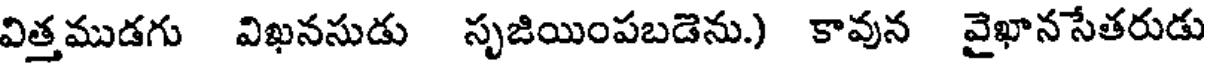
విత్తముడగు విఖనసుడు సృజియింపబడెను.) కావున వైఖానసేతరుడు